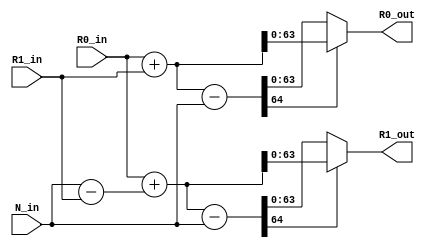
module BU(R0_out, //add                                            
           R1_out, //sub                                            
           R0_in,                                                   
           R1_in,
           N_in                                                    
           );                                                       
 parameter D_WIDTH = 64; 
                                                                    
 output [D_WIDTH-1:0] R0_out;                                       
 output [D_WIDTH-1:0] R1_out;                                       
 input  [D_WIDTH-1:0] R0_in;                                        
 input  [D_WIDTH-1:0] R1_in;          
 input  [D_WIDTH-1:0] N_in;                                   
                                                                    
 wire   [D_WIDTH:0]   Result_add;   
 wire   [D_WIDTH:0]   Result_add_; 
 wire   [D_WIDTH:0]   Result_sub; 
 wire   [D_WIDTH:0]   Result_sub_;  
 wire   [D_WIDTH-1:0] R1_in_Complement;                             
                                                                    
 assign R1_in_Complement = N_in - R1_in;             
 assign Result_add = R0_in + R1_in;                                 
 assign Result_sub = R0_in + R1_in_Complement;   
 assign Result_add_ = Result_add - N_in;
 assign Result_sub_ = Result_sub - N_in;
 //output                                                           
 assign R0_out = (Result_add_[D_WIDTH] == 1'b1) ? Result_add : Result_add_;     
 assign R1_out = (Result_sub_[D_WIDTH] == 1'b1) ? Result_sub : Result_sub_;     
                                                                    
 endmodule